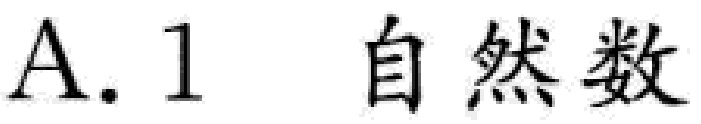
A. 1 自然数